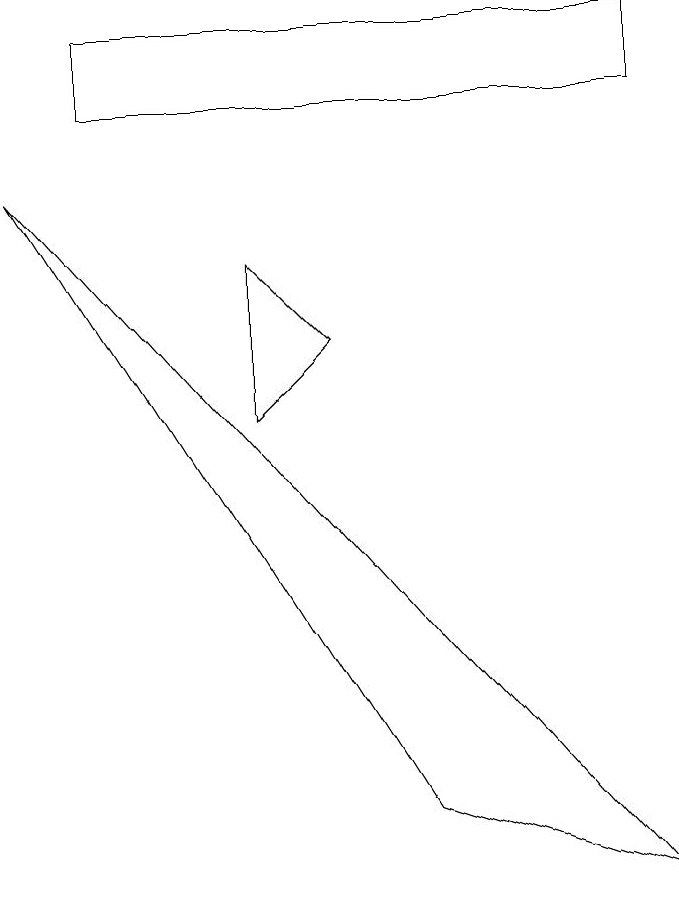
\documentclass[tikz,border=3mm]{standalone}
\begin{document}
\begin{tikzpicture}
\draw (1,11) rectangle (8,10);
\draw (5,1) -- (8,0) -- (0,9) -- cycle;
\draw (3,8) -- (3,6) -- (4,7) -- cycle;
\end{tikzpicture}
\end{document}